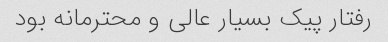
رفتار پیک بسیار عالی و محترمانه بود